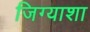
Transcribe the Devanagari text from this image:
जिग्याशा